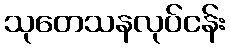
သုတေသနလုပ်ငန်း